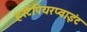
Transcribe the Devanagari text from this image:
हर्स्टपियरप्वाइंट